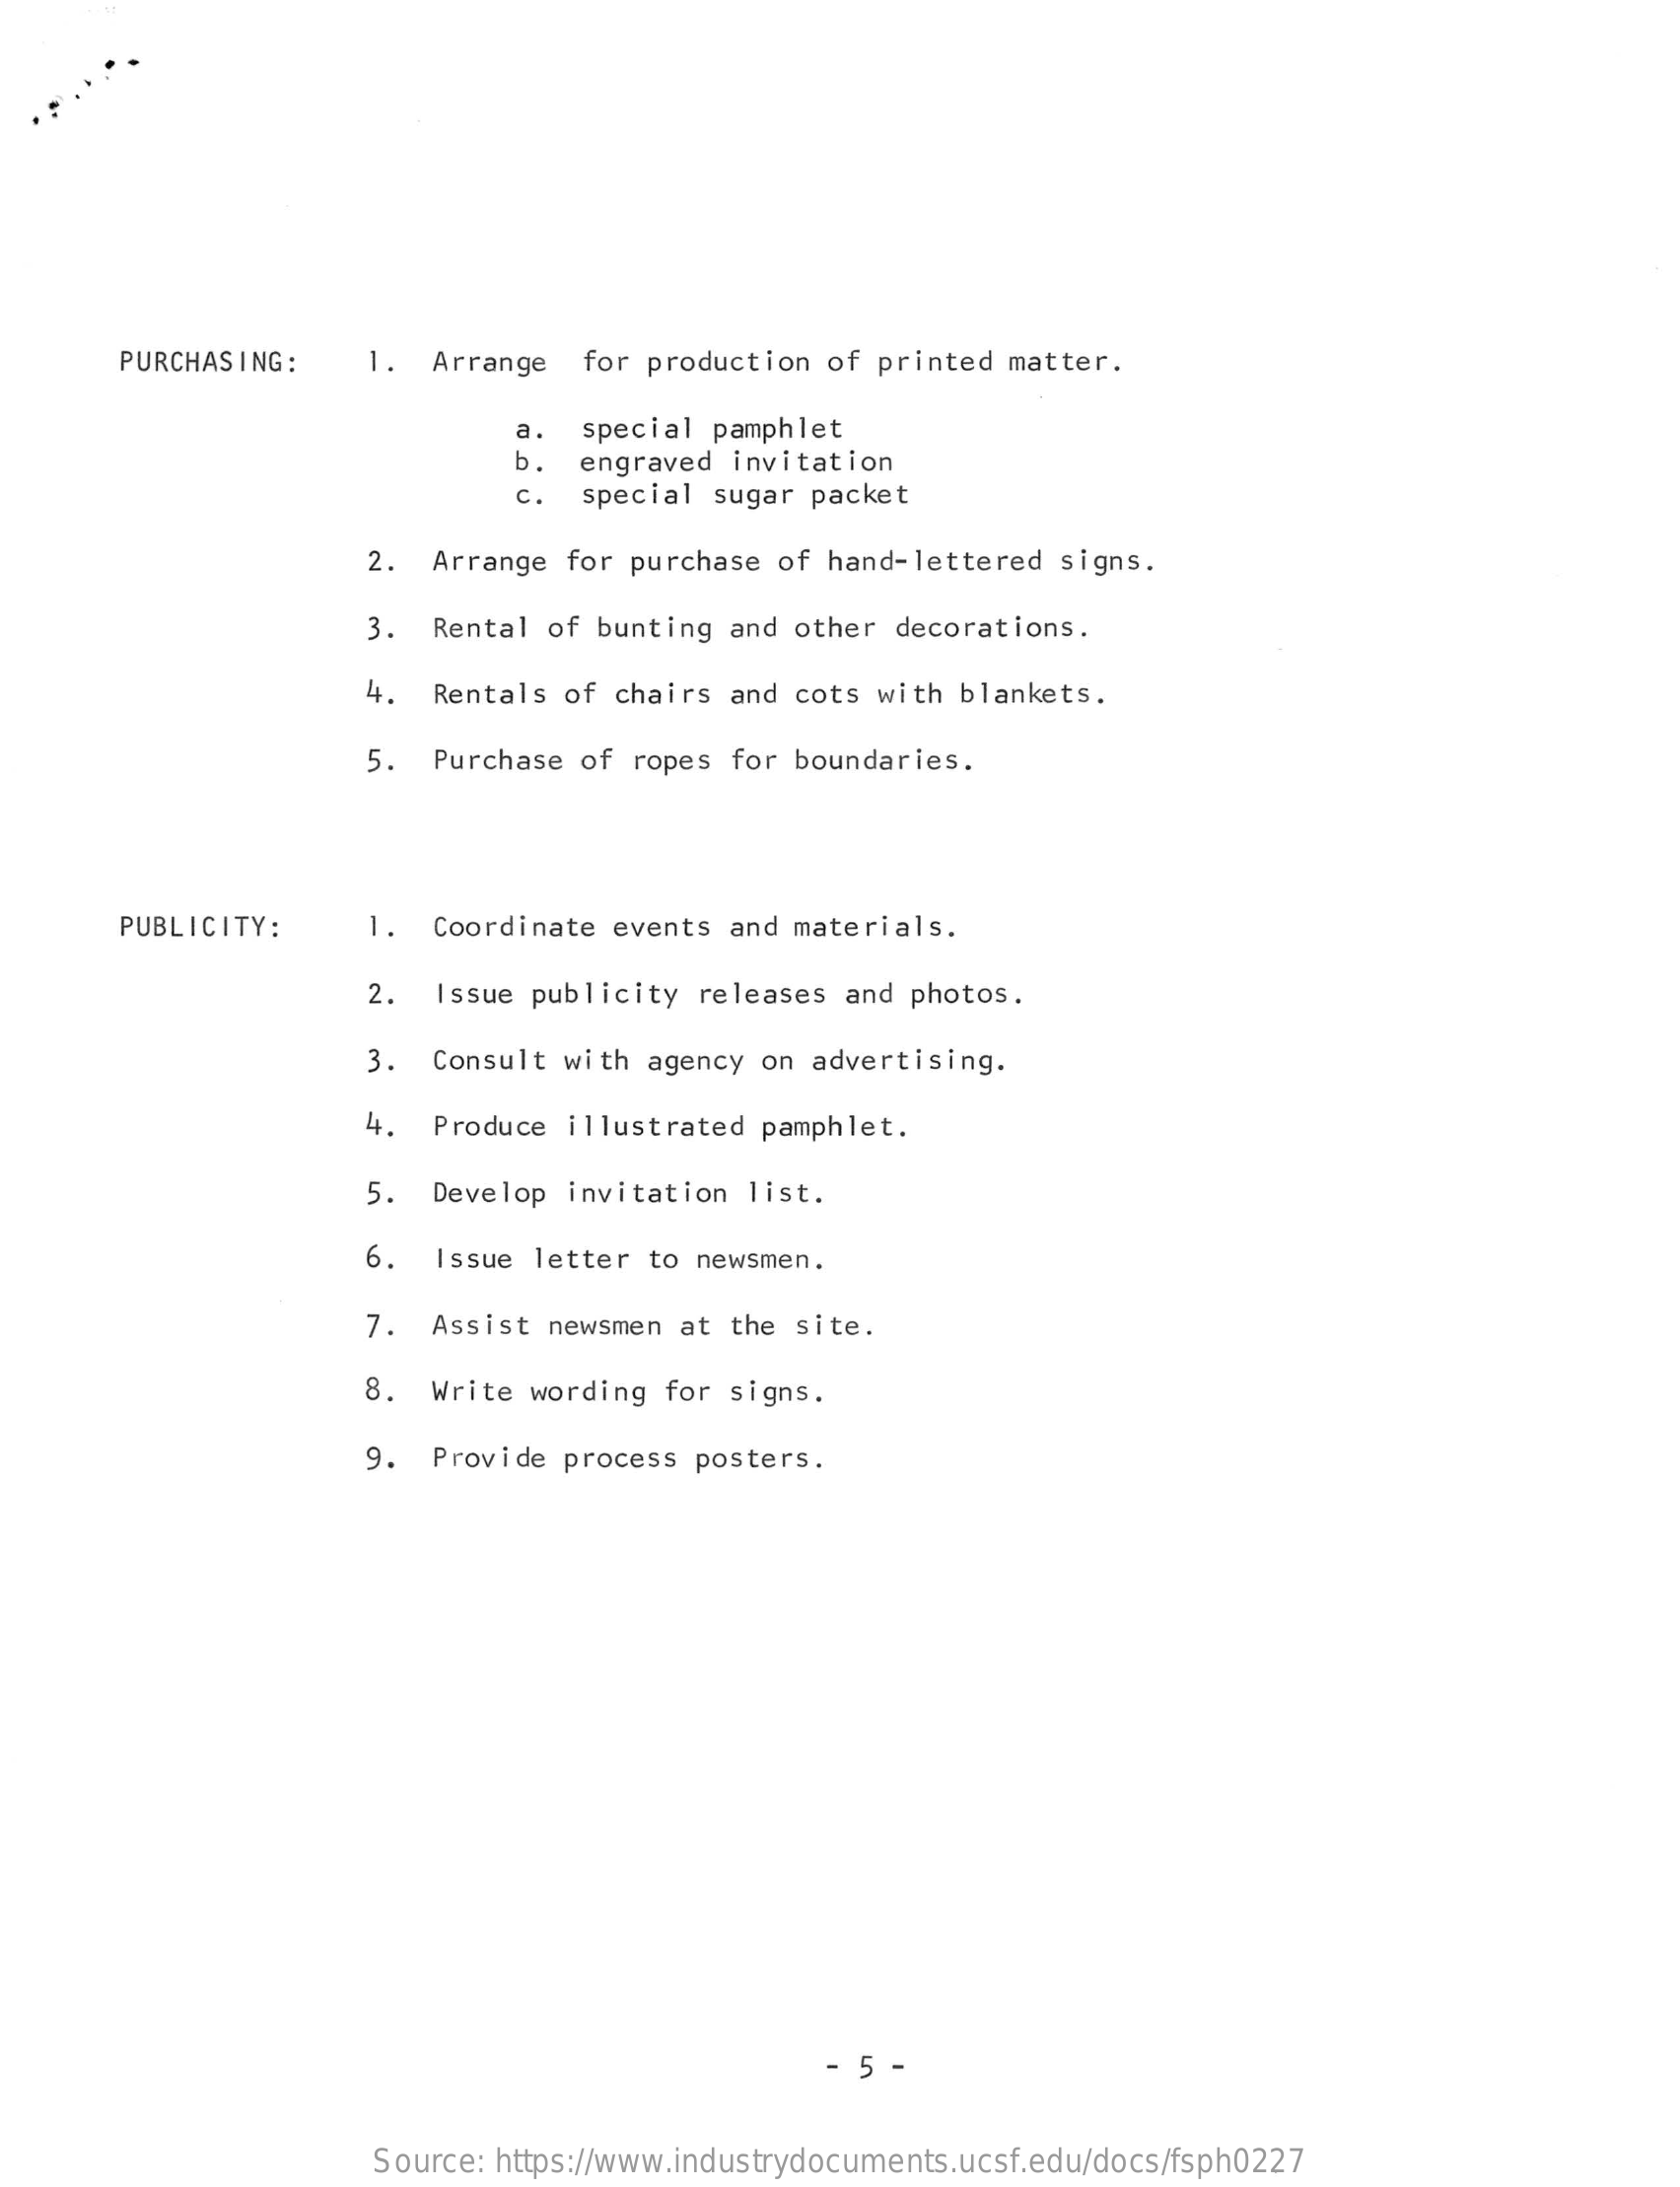
PURCHASING :    1.  Arrange  for production  of printed matter.
     a.  special pamphlet
     b.  engraved invitation
     C.  special sugar  packet
     2. Arrange  for purchase of hand-lettered  signs.
     3. Rental  of bunting and other  decorations.
     4.  Rentals  of chairs and cots  with blankets.
     5. Purchase  of ropes  for boundaries.
     PUBLICITY:    1. Coordinate  events and materials.
     2.  Issue publicity releases  and photos.
     3. Consult  with agency on  advertising.
     4. Produce  illustrated pamphlet.
     5. Develop  invitation list.
     .  Issue letter to newsmen.
     7. Assist  newsmen at the  site.
     8. Write  wording for signs.
     9. Provide  process posters.
     5 -
     Source: https://www.industrydocuments.ucsf.edu/docs/fsph0227